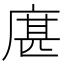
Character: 𢉮